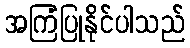
အကြံပြုနိုင်ပါသည်